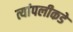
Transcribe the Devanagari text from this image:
त्यांपलीकडे